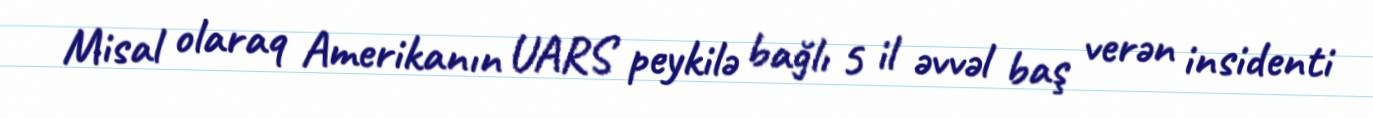
Misal olaraq Amerikanın UARS peykilə bağlı 5 il əvvəl baş verən insidenti